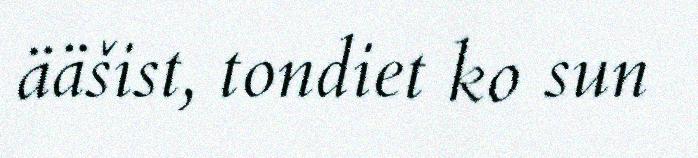
ääšist, tondiet ko sun